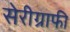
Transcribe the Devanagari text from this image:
सेरीग्राफी